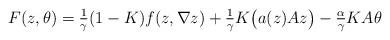
LaTeX: \begin{align*}F(z, \theta) = \tfrac{1}{\gamma} (1 - K) f(z, \nabla z) + \tfrac{1}{\gamma} K \big(a(z) A z\big) - \tfrac{\alpha}{\gamma} K A \theta \end{align*}